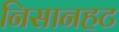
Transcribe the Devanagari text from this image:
निसानहट